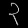
Digit: ၃